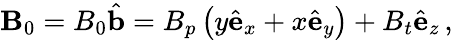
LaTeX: \textbf{B}_{0}=B_{0}\hat{\textbf{b}}=B_{p}\left(y\hat{\textbf{e}}_{x}+x\hat{\textbf{e}}_{y}\right)+B_{t}\hat{\textbf{e}}_{z}\, ,